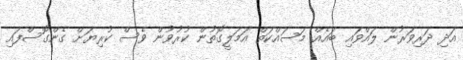
އަދި ދަރިވަރުން ލައްވައި ބައެއް މަސައްކަތް އަމަލީގޮތުން ކުރުވުން ވެސް ކުރިޔަށް ގެންގޮސްފައި